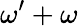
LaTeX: \omega^{\prime}+\omega